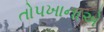
તોપખાનાએ